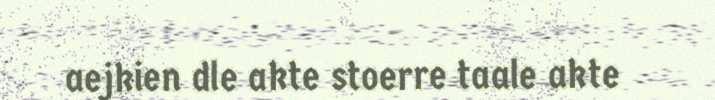
aejkien dle akte stoerre taale akte